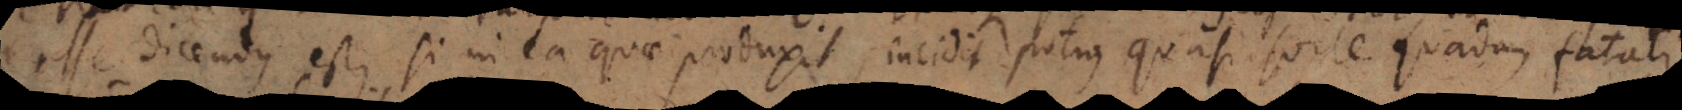
egisse dicendus est, si in ea quae producit, incidit potius quasi sorte quadam fatali,